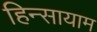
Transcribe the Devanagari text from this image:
हिन्सायाम